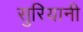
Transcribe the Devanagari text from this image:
सुरियानी